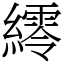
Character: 䌢